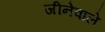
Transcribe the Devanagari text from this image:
जीनेवाले